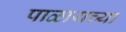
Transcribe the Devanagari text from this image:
पाळायच्या